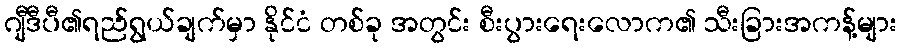
ဂျီဒီပီ၏ရည်ရွယ်ချက်မှာ နိုင်ငံ တစ်ခု အတွင်း စီးပွားရေးလောက၏ သီးခြားအကန့်များ